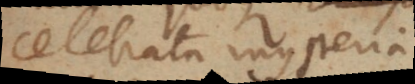
celebrata mysteria,